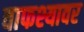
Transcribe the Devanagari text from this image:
वाफश्यावर